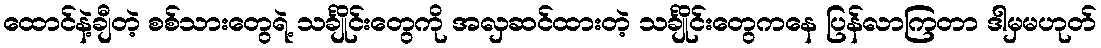
ထောင်နဲ့ချီတဲ့ စစ်သားတွေရဲ့ သင်္ချိုင်းတွေကို အလှဆင်ထားတဲ့ သင်္ချိုင်းတွေကနေ ပြန်လာကြတာ ဒါမှမဟုတ်